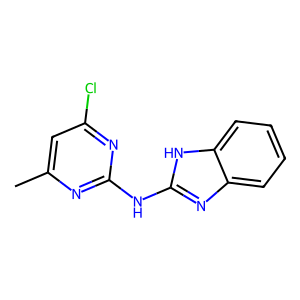
SMILES: Cc1cc(Cl)nc(Nc2nc3ccccc3[nH]2)n1
Inhibits HIV replication: No